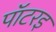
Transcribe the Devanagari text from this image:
पॉटरइ